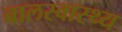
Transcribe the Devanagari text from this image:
बालस्वास्थ्य